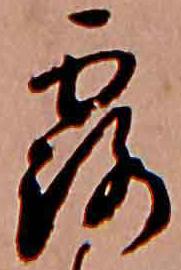
露